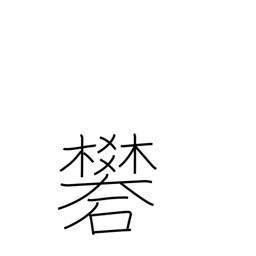
Meaning: alum